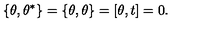
\{ \theta , \theta ^ { \ast } \} = \{ \theta , \theta \} = [ \theta , t ] = 0 .